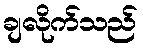
ချလိုက်သည်